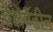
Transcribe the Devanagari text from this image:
वेलेण्टीन